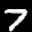
Label: 7